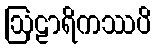
ဩဠာရိကဿပိ